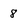
Character: 8